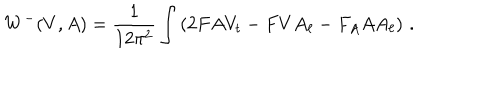
W ^ { - } ( V , A ) = \frac { 1 } { 1 2 \pi ^ { 2 } } \int \left( 2 F A V _ { t } - F V A _ { \ell } - F _ { A } A A _ { \ell } \right) \, .